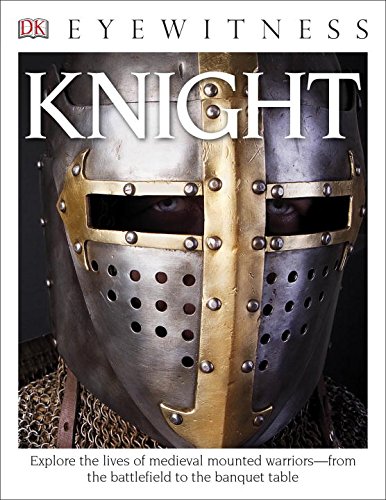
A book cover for DK Eyewitness Books: Knight; Christopher Gravett; Children's Books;